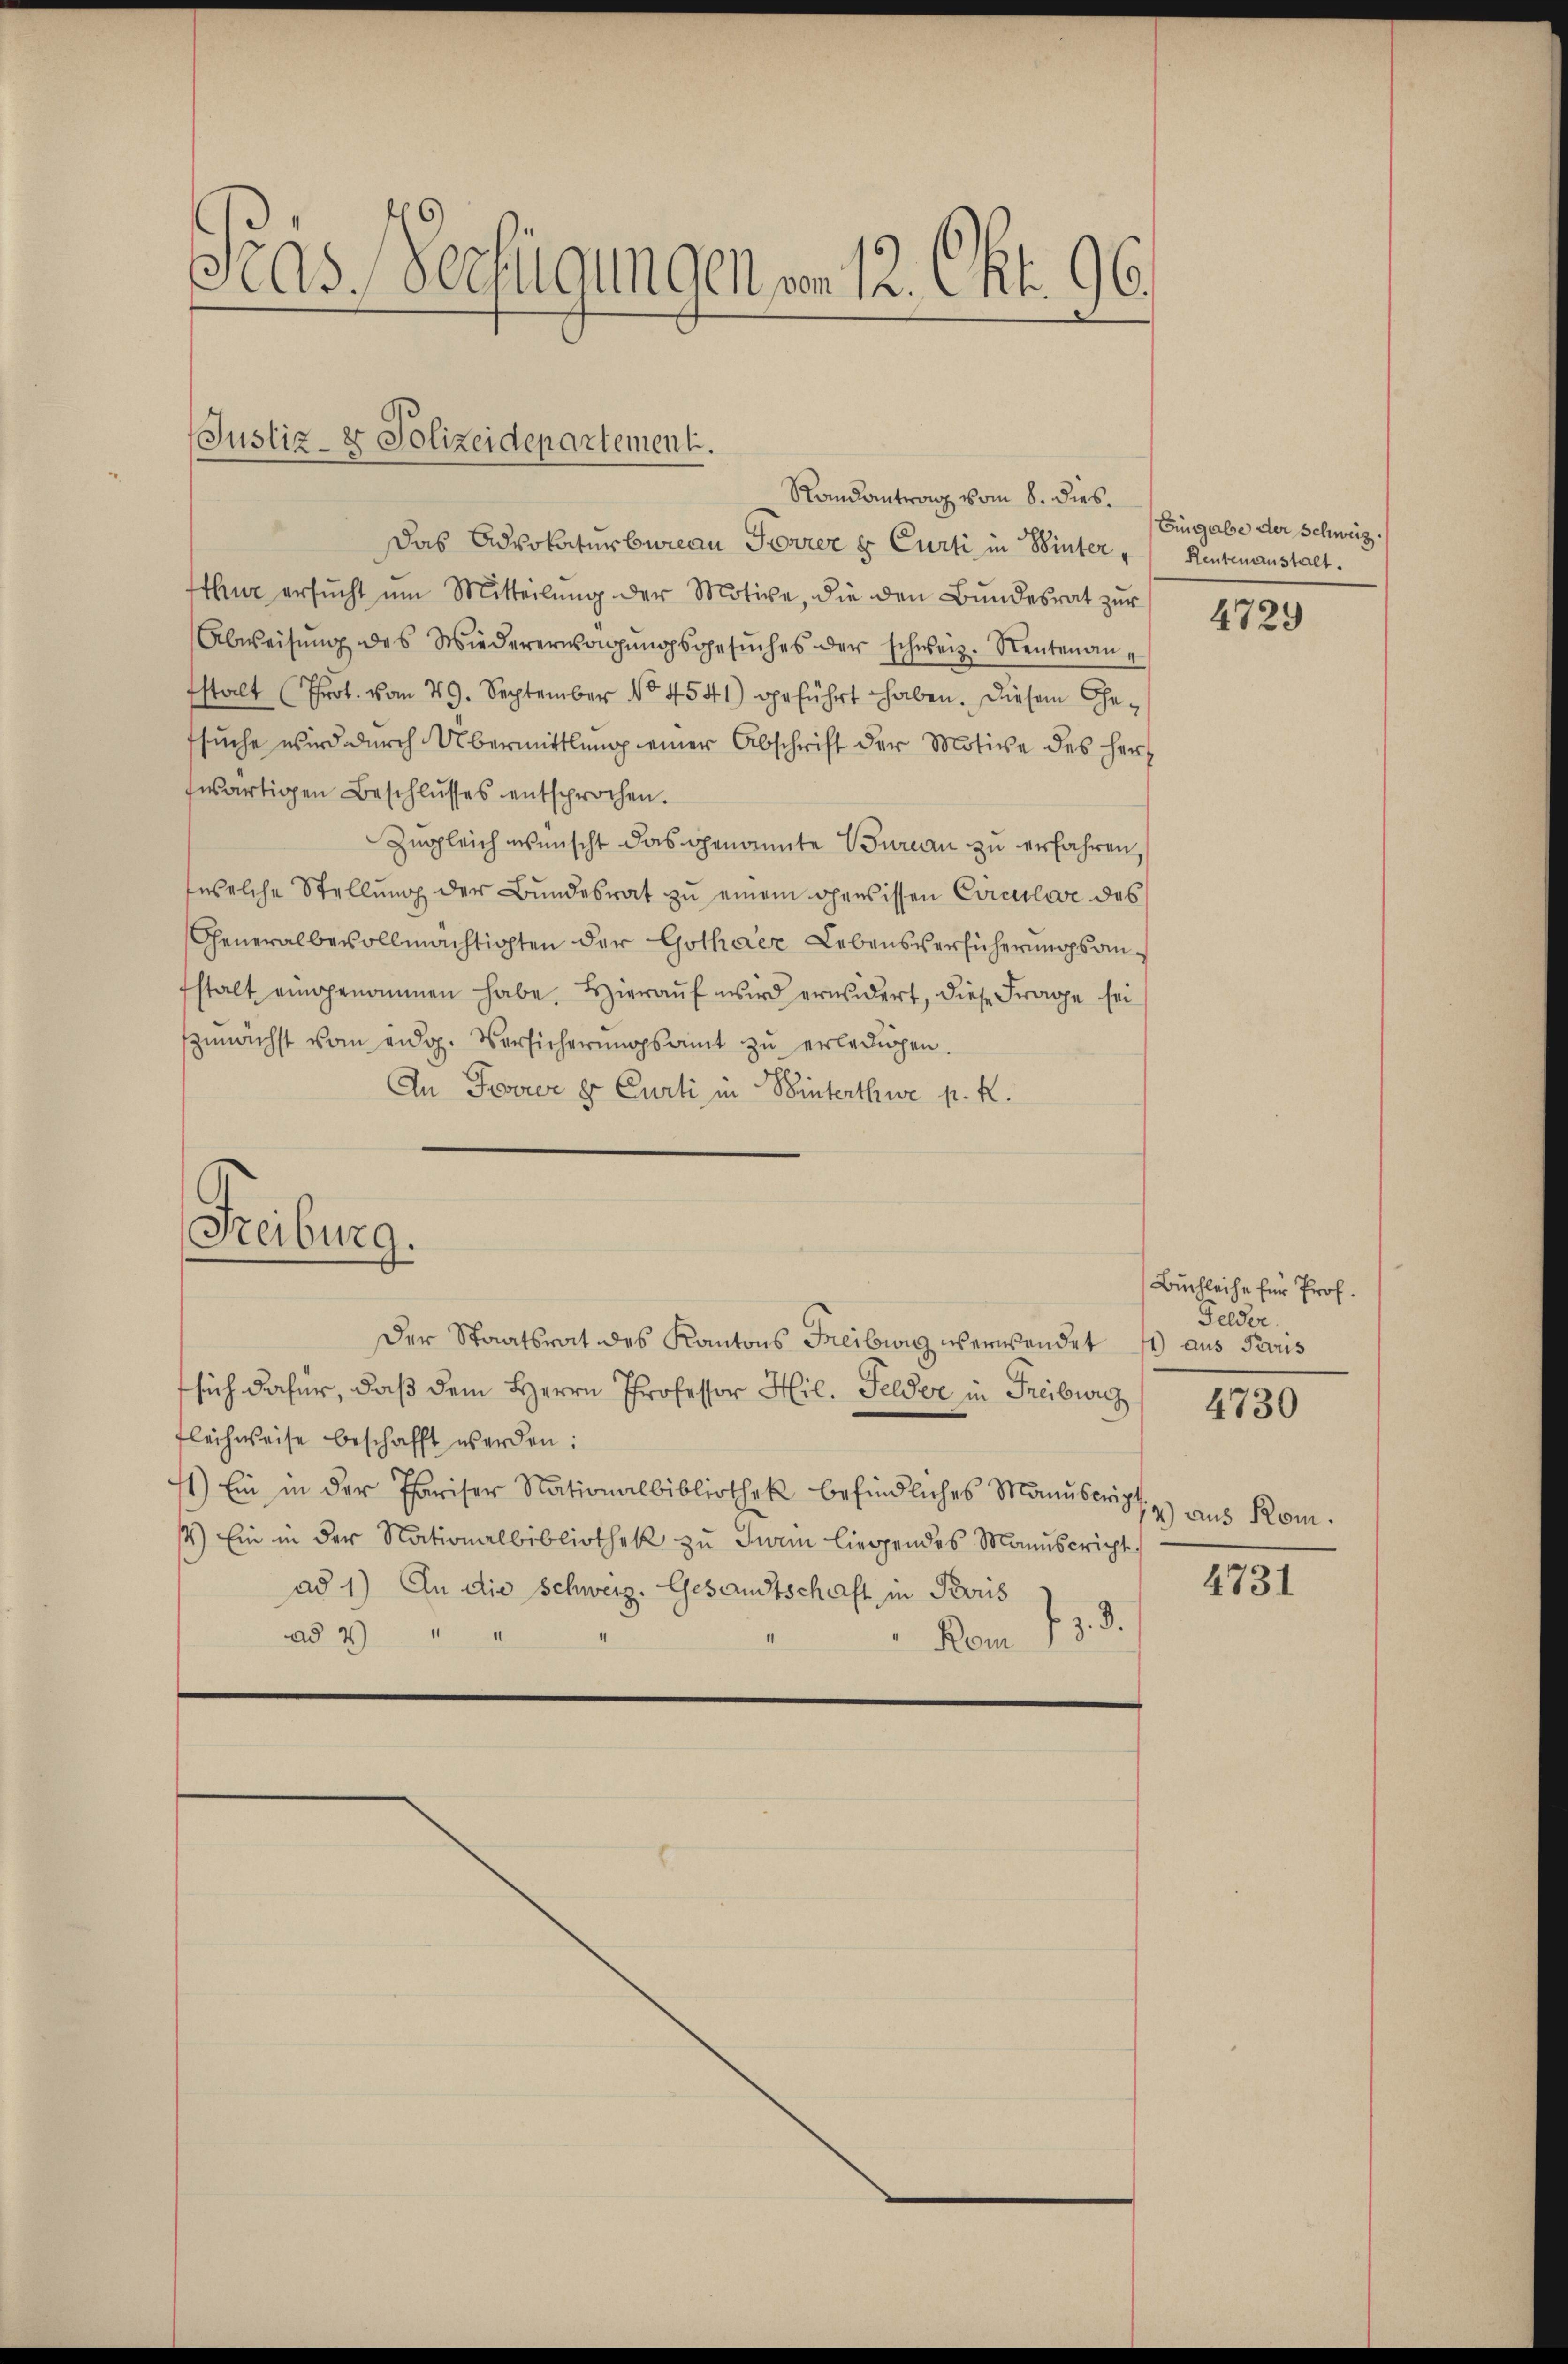
Gras, verfügungen von 12. Okt. 96.

Justiz- & Polizeidepartement.
Randantrag vom 8. dies

Das Advokaturbureau Forrer u. Curti in Winter " Rentenanstalt.
thur ersŭcht um Mitteilŭng der Motive, die den Bŭndesrat zŭr
Abweisŭng des Wiedererwägŭngsgesŭches der schweiz. Neutenanstalt (Prot. vom 29. September No 4541) geführt haben. Diesem Gefsuche wird durch Übermittlung einer Abschrift der Motive des Herz
fwärtigen Beschlŭsses entsprochen.
Zugleich wünscht das genannte Bureau zu erfahren,
welche Stellung der Bundesrat zu einem gewissen Circular des
Generalbevollmächtigten der Gothaer Lebensversicherungsanstalt eingenommen habe. Hieraŭf wird erwidert, diese Frage sei
zunächst vom eidg. Versicherungsamt zu erledigen.
An Forrer er Curti in Winterthwe p. K.

Freiburg.

sich dafür, daß dem Herrn Professor Hil. Felder in Freiburg
Flechweise beschafft werden:
11) Ein in der Pariser Nationalbibliothek befindliches Manuscrip¬
4) Ein in der Nationalbibliothek zu Inan liegendes Manuscricht
ad 1) An die Schweiz. Gesandtschaft in Bris
ad 2) " "
Vom 15. d.

Der Staatsrat des Kantons Freibwis überwendet

Eingabe der Schweiz.

4729

Buchleihe für Prof.
Felder.
71) aus Paris
4730

72) aus Rom.
4731